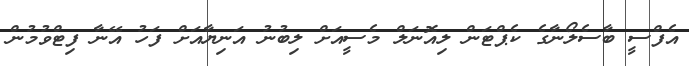
އެފްސީ ބާސެލޯނާގެ ކެޕްޓަން ލިއޮނަލް މެސީއަށް ލިބުނު އަނިޔާއަށް ފަހު އޭނާ ފިޓްވުމުން